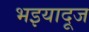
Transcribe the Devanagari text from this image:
भइयादूज